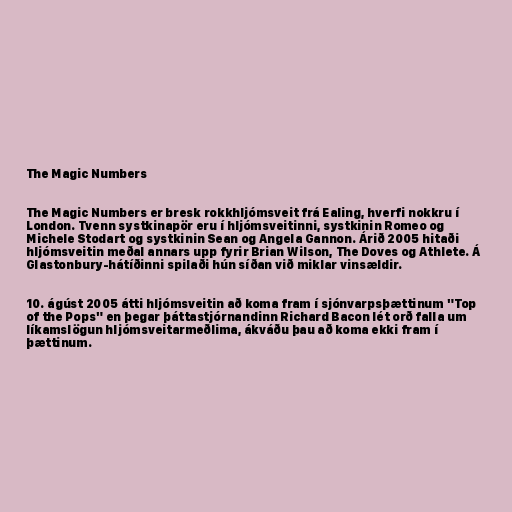
The Magic Numbers

The Magic Numbers er bresk rokkhljómsveit frá Ealing, hverfi nokkru í
London. Tvenn systkinapör eru í hljómsveitinni, systkinin Romeo og
Michele Stodart og systkinin Sean og Angela Gannon. Árið 2005 hitaði
hljómsveitin meðal annars upp fyrir Brian Wilson, The Doves og Athlete. Á
Glastonbury-hátíðinni spilaði hún síðan við miklar vinsældir.

10. ágúst 2005 átti hljómsveitin að koma fram í sjónvarpsþættinum "Top
of the Pops" en þegar þáttastjórnandinn Richard Bacon lét orð falla um
líkamslögun hljómsveitarmeðlima, ákváðu þau að koma ekki fram í
þættinum.